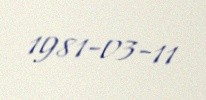
1981-03-11